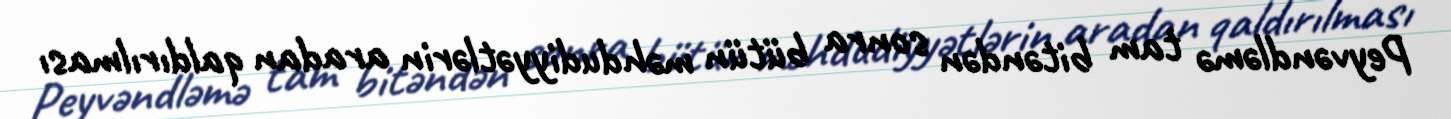
Peyvəndləmə tam bitəndən sonra bütün məhdudiyyətlərin aradan qaldırılması